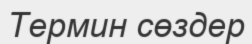
Термин сөздер